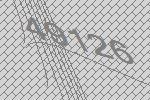
49126